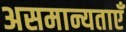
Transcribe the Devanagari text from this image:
असमान्यताएँ